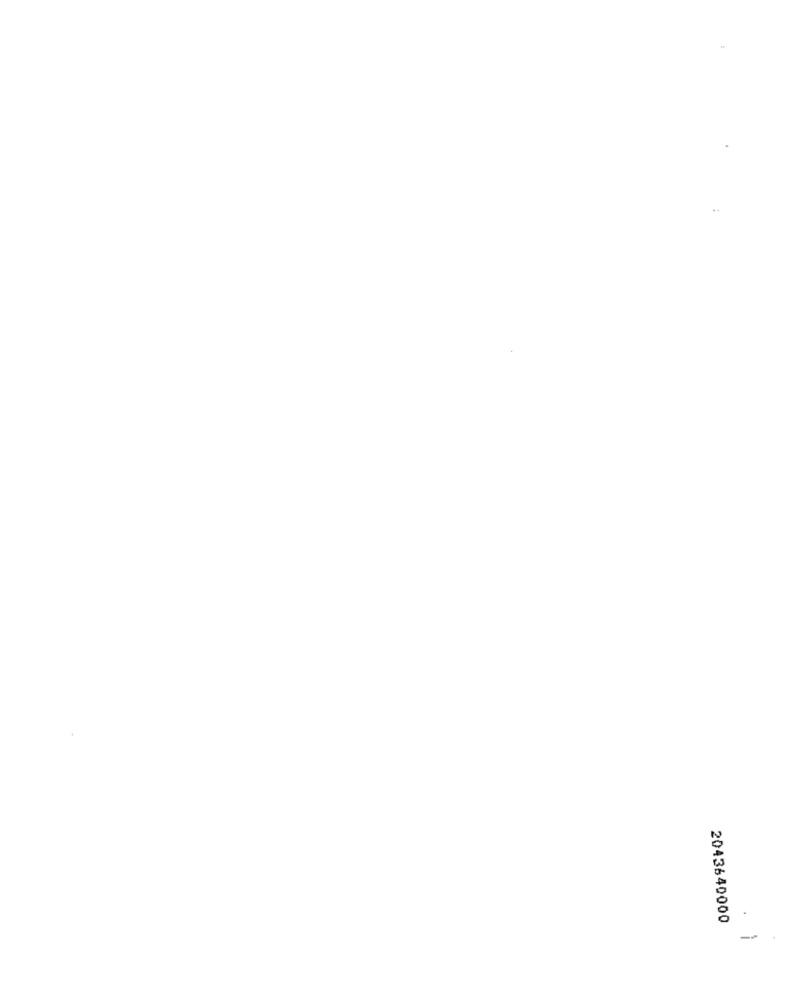
2043640000
--